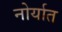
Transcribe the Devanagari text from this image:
नोर्यात